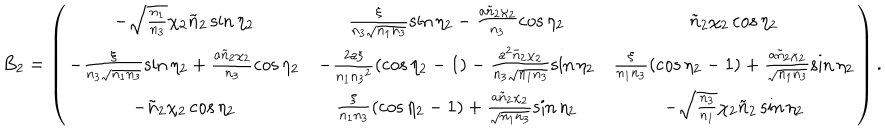
LaTeX: \hspace { - 1 8 m m } B _ { 2 } = \left( \begin{array} { c c c } { { - \sqrt { \frac { n _ { 1 } } { n _ { 3 } } } \chi _ { 2 } \tilde { n } _ { 2 } \sin { \eta _ { 2 } } } } & { { \frac { \xi } { n _ { 3 } \sqrt { n _ { 1 } n _ { 3 } } } \sin { \eta _ { 2 } } - \frac { a \tilde { n } _ { 2 } \chi _ { 2 } } { n _ { 3 } } \cos { \eta _ { 2 } } } } & { { \tilde { n } _ { 2 } \chi _ { 2 } \cos { \eta _ { 2 } } } } \\ { { - \frac { \xi } { n _ { 3 } \sqrt { n _ { 1 } n _ { 3 } } } \sin { \eta _ { 2 } } + \frac { a \tilde { n } _ { 2 } \chi _ { 2 } } { n _ { 3 } } \cos { \eta _ { 2 } } } } & { { - \frac { 2 a \xi } { n _ { 1 } { n _ { 3 } } ^ { 2 } } ( \cos { \eta _ { 2 } } - 1 ) - \frac { a ^ { 2 } \tilde { n } _ { 2 } \chi _ { 2 } } { n _ { 3 } \sqrt { n _ { 1 } n _ { 3 } } } \sin { \eta _ { 2 } } } } & { { \frac { \xi } { n _ { 1 } n _ { 3 } } ( \cos { \eta _ { 2 } } - 1 ) + \frac { a \tilde { n } _ { 2 } \chi _ { 2 } } { \sqrt { n _ { 1 } n _ { 3 } } } \sin { \eta _ { 2 } } } } \\ { { - \tilde { n } _ { 2 } \chi _ { 2 } \cos { \eta _ { 2 } } } } & { { \frac { \xi } { n _ { 1 } n _ { 3 } } ( \cos { \eta _ { 2 } } - 1 ) + \frac { a \tilde { n } _ { 2 } \chi _ { 2 } } { \sqrt { n _ { 1 } n _ { 3 } } } \sin { \eta _ { 2 } } } } & { { - \sqrt { \frac { n _ { 3 } } { n _ { 1 } } } \chi _ { 2 } \tilde { n } _ { 2 } \sin { \eta _ { 2 } } } } \\ \end{array} \right) .